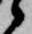
候